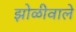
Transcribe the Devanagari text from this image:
झोळीवाले